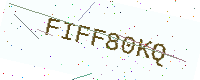
Text: FIFF80KQ